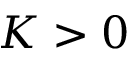
K > 0